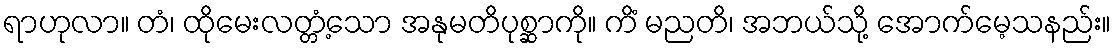
ရာဟုလာ။ တံ၊ ထိုမေးလတ္တံ့သော အနုမတိပုစ္ဆာကို။ ကိံ မညတိ၊ အဘယ်သို့ အောက်မေ့သနည်း။